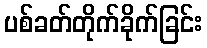
ပစ်ခတ်တိုက်ခိုက်ခြင်း